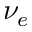
\nu _ { e }